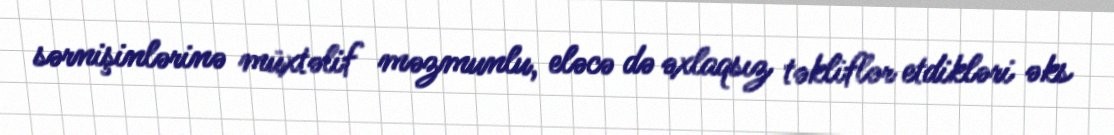
sərnişinlərinə müxtəlif məzmunlu, eləcə də əxlaqsız təkliflər etdikləri əks